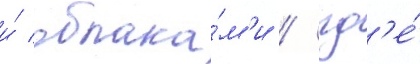
и́ облака́м'и / гд'е́